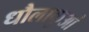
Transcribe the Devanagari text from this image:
धौलाकुआं